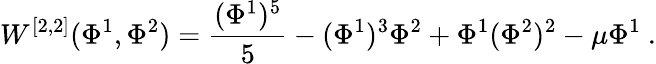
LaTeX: W^{[2,2]}(\Phi^{1},\Phi^{2})={\frac{(\Phi^{1})^{5}}{5}}-(\Phi^{1})^{3}\Phi^{2}+\Phi^{1}(\Phi^{2})^{2}-\mu\Phi^{1}~.